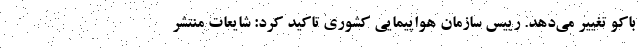
باکو تغییر می‌دهد. رییس سازمان هواپیمایی کشوری تاکید کرد: شایعات منتشر